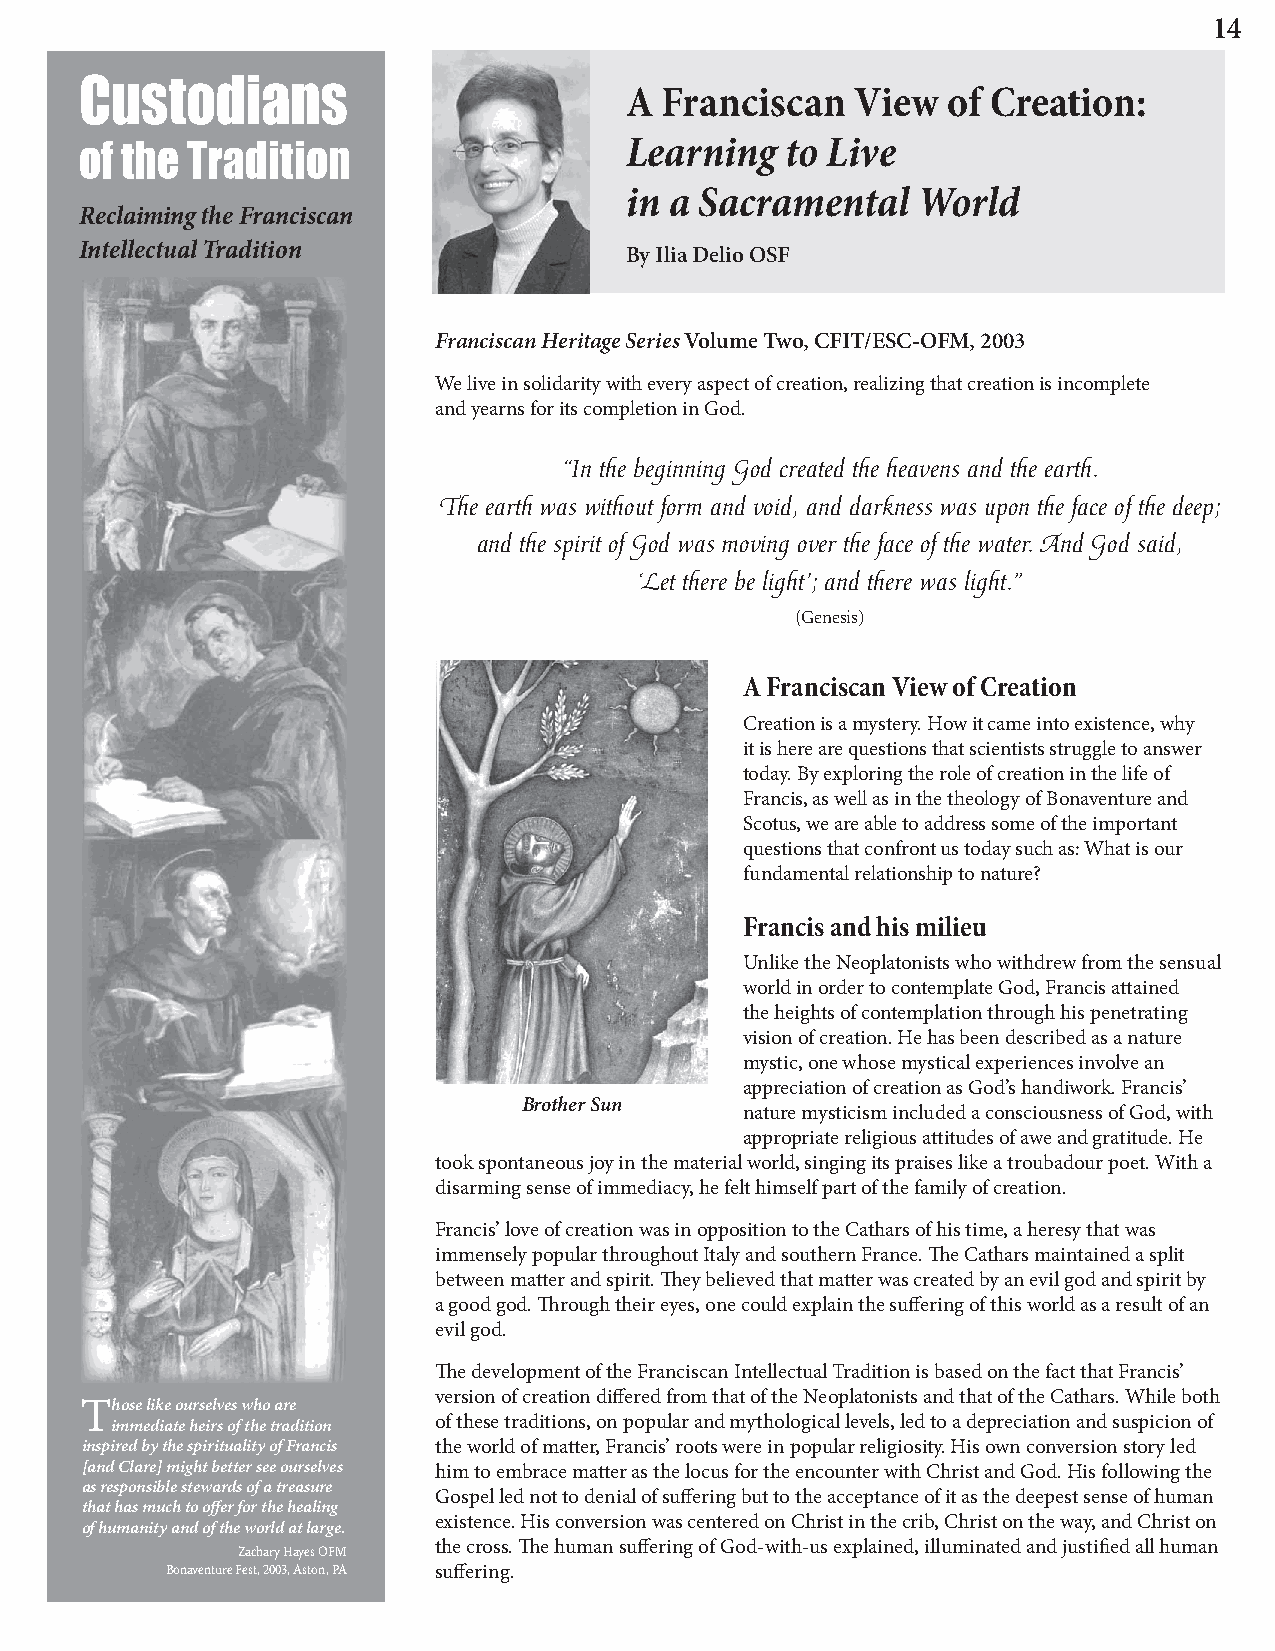
14
 Custodians                          A  Franciscan   View  of Creation:
 Learning   to Live
 of the Tradition
 in a Sacramental    World
 Reclaiming the Franciscan
 Intellectual Tradition
 By Ilia Delio OSF
 Franciscan Heritage Series Volume Two, CFIT/ESC-OFM, 2003
 We live in solidarity with every aspect of creation, realizing that creation is incomplete
 and yearns for its completion in God.
 “In the beginning God created the heavens and the earth.
 The earth was without form and void, and darkness was upon the face of the deep;
 and the spirit of God was moving over the face of the water. And God said,
 ‘Let there be light’; and there was light.”
 (Genesis)
 A Franciscan View of Creation
 Creation is a mystery. How it came into existence, why
 it is here are questions that scientists struggle to answer
 today. By exploring the role of creation in the life of
 Francis, as well as in the theology of Bonaventure and
 Scotus, we are able to address some of the important
 questions that confront us today such as: What is our
 fundamental relationship to nature?
 Francis and his milieu
 Unlike the Neoplatonists who withdrew from the sensual
 world in order to contemplate God, Francis attained
 the heights of contemplation through his penetrating
 vision of creation. He has been described as a nature
 mystic, one whose mystical experiences involve an
 appreciation of creation as God’s handiwork. Francis’
 Brother Sun
 nature mysticism included a consciousness of God, with
 appropriate religious attitudes of awe and gratitude. He
 took spontaneous joy in the material world, singing its praises like a troubadour poet. With a
 disarming sense of immediacy, he felt himself part of the family of creation.
 Francis’ love of creation was in opposition to the Cathars of his time, a heresy that was
 immensely popular throughout Italy and southern France. The Cathars maintained a split
 between matter and spirit. They believed that matter was created by an evil god and spirit by
 a good god. Through their eyes, one could explain the suffering of this world as a result of an
 evil god.
 The development of the Franciscan Intellectual Tradition is based on the fact that Francis’
 version of creation differed from that of the Neoplatonists and that of the Cathars. While both
 Those like ourselves who are
 immediate heirs of the tradition of these traditions, on popular and mythological levels, led to a depreciation and suspicion of
 inspired by the spirituality of Francis the world of matter, Francis’ roots were in popular religiosity. His own conversion story led
 [and Clare] might better see ourselves him to embrace matter as the locus for the encounter with Christ and God. His following the
 as responsible stewards of a treasure
 Gospel led not to denial of suffering but to the acceptance of it as the deepest sense of human
 that has much to offer for the healing
 existence. His conversion was centered on Christ in the crib, Christ on the way, and Christ on
 of humanity and of the world at large.
 the cross. The human suffering of God-with-us explained, illuminated and justified all human
 Zachary Hayes OFM
 Bonaventure Fest, 2003, Aston, PA suffering.